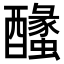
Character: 𨣰